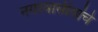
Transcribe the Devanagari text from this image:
नगरवासीयांचे